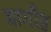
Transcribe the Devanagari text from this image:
बागौड